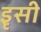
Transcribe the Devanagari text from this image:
इृसी